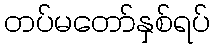
တပ်မတော်နှစ်ရပ်